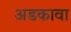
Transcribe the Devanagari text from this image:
अडकावा